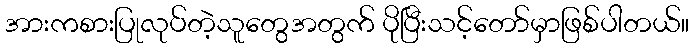
အားကစားပြုလုပ်တဲ့သူတွေအတွက် ပိုပြီးသင့်တော်မှာဖြစ်ပါတယ်။